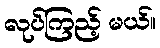
လုပ်ကြည့် မယ်။